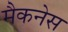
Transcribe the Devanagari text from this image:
मैकनेस